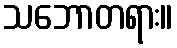
သဘောတရား။